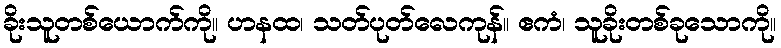
ခိုးသူတစ်ယောက်ကို။ ဟနထ၊ သတ်ပုတ်လေကုန်။ ဧကံ၊ သူခိုးတစ်ခုသောကို။